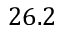
2 6 . 2